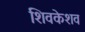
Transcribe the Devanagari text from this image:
शिवकेशव